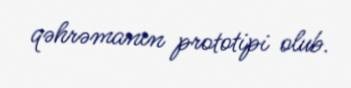
qəhrəmanın prototipi olub.